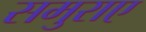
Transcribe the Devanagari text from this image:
समुराए